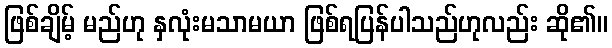
ဖြစ်ချိမ့် မည်ဟု နှလုံးမသာမယာ ဖြစ်ရပြန်ပါသည်ဟုလည်း ဆို၏။